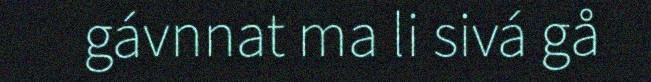
gávnnat ma li sivá gå